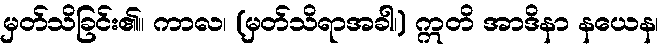
မှတ်သိခြင်း၏။ ကာလ၊ (မှတ်သိရာအခါ၊) ဣတိ အာဒိနာ နယေန၊